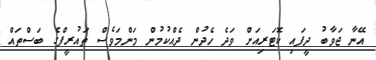
އޭނާ ޖަވާބު ދީފައި ކޮޓަރިއަށް ވަދެ ހެދުން ދެއްކުމުން މަންމަވެސް ތައުރީފްގެ ބަސްތައް